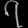
Digit: ၇